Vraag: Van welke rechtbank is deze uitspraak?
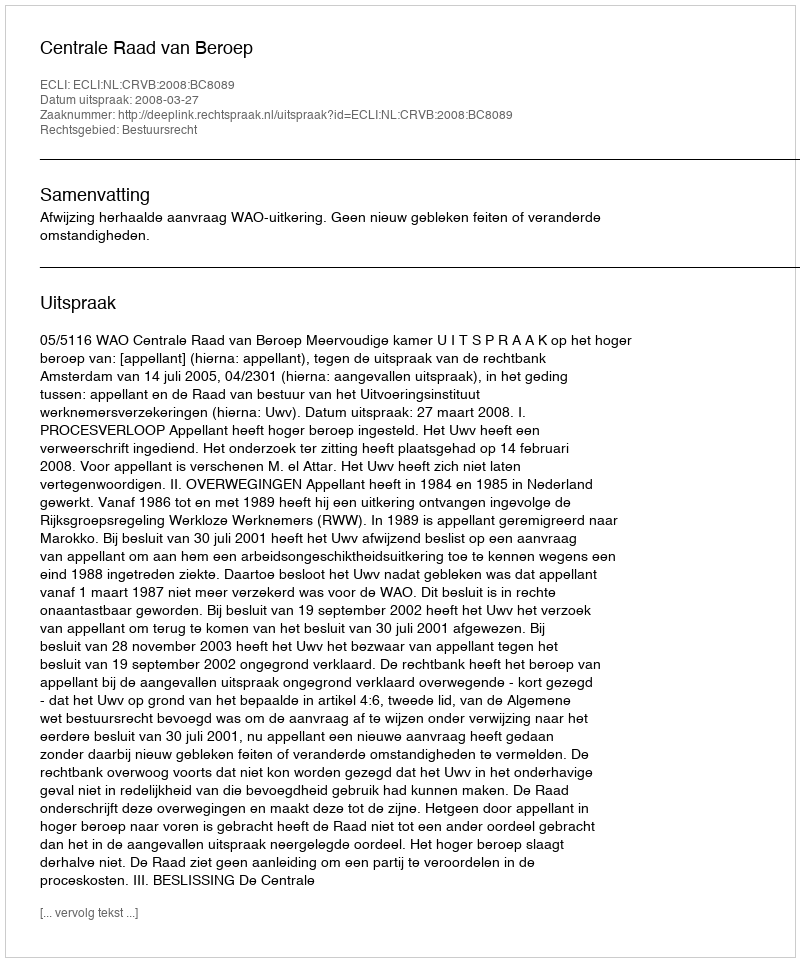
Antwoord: Centrale Raad van Beroep